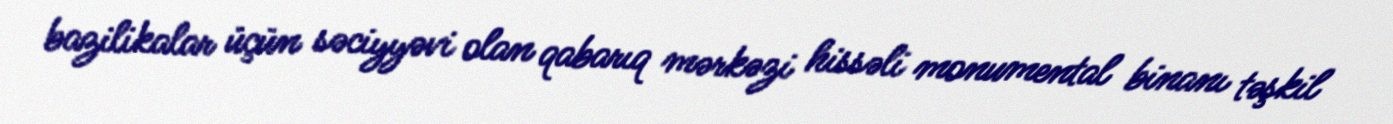
bazilikalar üçün səciyyəvi olan qabarıq mərkəzi hissəli monumental binanı təşkil